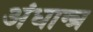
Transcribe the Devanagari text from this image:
अंधान्त्र